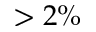
> 2 \%